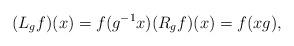
LaTeX: \begin{align*}(L_gf)(x)=f(g^{-1}x) (R_gf)(x)=f(xg),\end{align*}